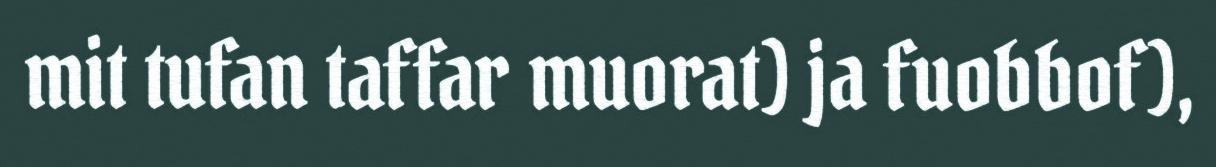
mit tufan taffar muorat) ja fuobbof),